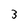
Character: 3